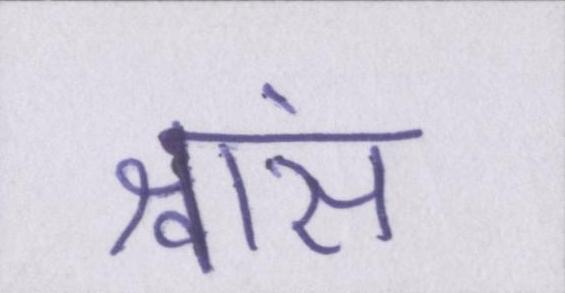
श्वांस